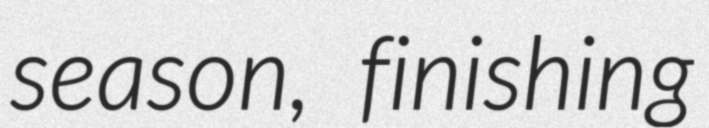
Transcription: season, finishing